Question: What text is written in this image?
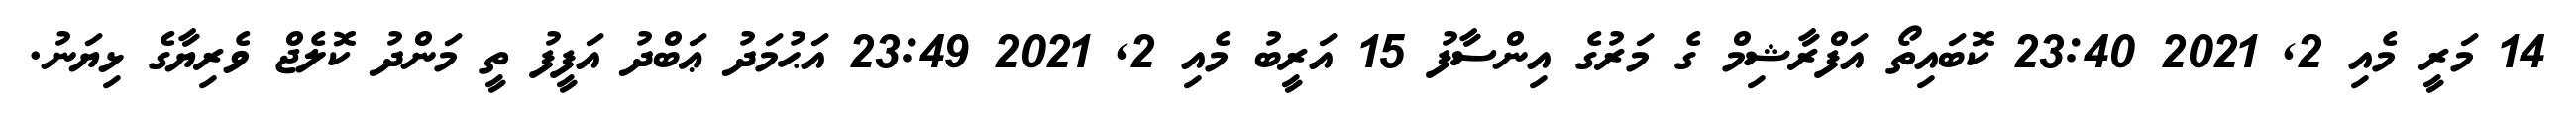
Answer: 14 މަރީ މެއި 2, 2021 23:40 ކޮބައިތޯ އަފްރާޝިމް ގެ މަރުގެ އިންސާފު 15 އަރީބު މެއި 2, 2021 23:49 އަޙުމަދު ޢަބްދު އަފީފު ތީ މަންދު ކޮލެޖް ވެރިޔާގެ ޅިޔަނު.